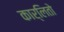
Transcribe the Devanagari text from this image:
कार्लितो